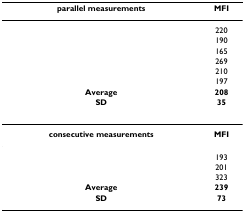
<table><thead><tr><td><b>parallel measurements</b></td><td><b>MFI</b></td></tr></thead><tbody><tr><td>[EMPTY_CELL]</td><td>220</td></tr><tr><td>[EMPTY_CELL]</td><td>190</td></tr><tr><td>[EMPTY_CELL]</td><td>165</td></tr><tr><td>[EMPTY_CELL]</td><td>269</td></tr><tr><td>[EMPTY_CELL]</td><td>210</td></tr><tr><td>[EMPTY_CELL]</td><td>197</td></tr><tr><td><b>Average</b></td><td><b>208</b></td></tr><tr><td><b>SD</b></td><td><b>35</b></td></tr><tr><td><b>consecutive measurements</b></td><td><b>MFI</b></td></tr><tr><td>[EMPTY_CELL]</td><td>193</td></tr><tr><td>[EMPTY_CELL]</td><td>201</td></tr><tr><td>[EMPTY_CELL]</td><td>323</td></tr><tr><td><b>Average</b></td><td><b>239</b></td></tr><tr><td><b>SD</b></td><td><b>73</b></td></tr></tbody></table>